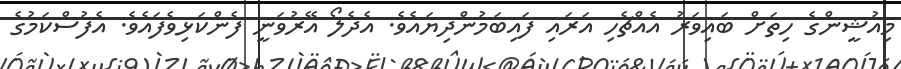
މިއުޝީންގެ ހިތަށް ބައިވަރު އެއްޗެހި އަރައި ފައިބަމުންދިޔައެވެ. އެދެލޯ އޭރުވަނީ ފެންކަޅިވެފައެވެ. އެފުސްކަމުގެ